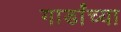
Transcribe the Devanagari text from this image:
गार्डांच्या